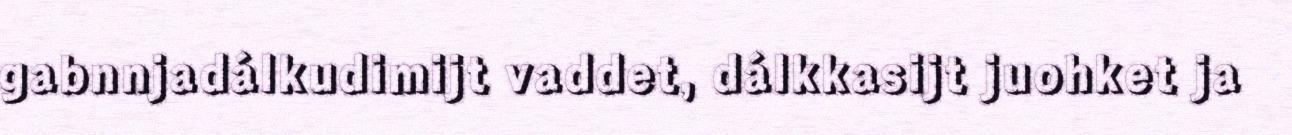
gabnnjadálkudimijt vaddet, dálkkasijt juohket ja